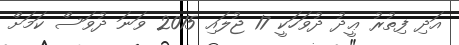
އަދި ފިތުރު ޢީދު ދުވަހަކީ 17 ޖުލައި 2015 ވަނަ ދުވަސް ކަމަށް